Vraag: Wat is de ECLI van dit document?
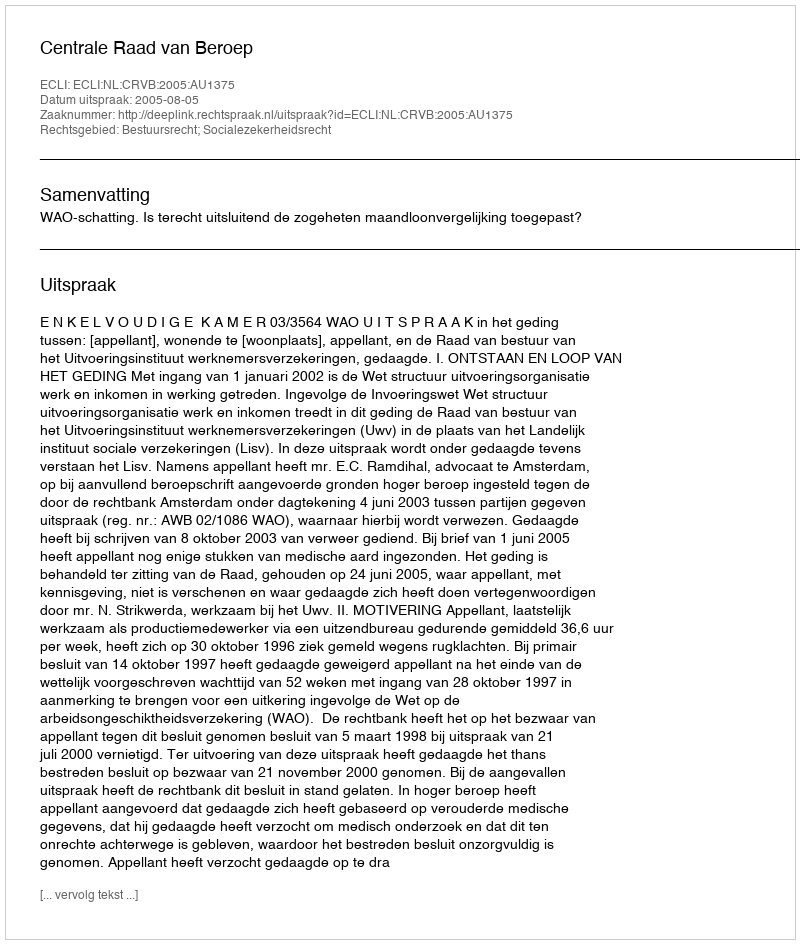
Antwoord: ECLI:NL:CRVB:2005:AU1375